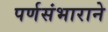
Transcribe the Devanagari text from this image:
पर्णसंभाराने